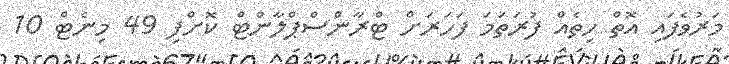
މަރުވެފައި އޮތް ހިތެއް ފުރަތަމަ ފަހަރަށް ޓްރާންސްޕްލާންޓް ކޮށްފި 49 މިނެޓް 10